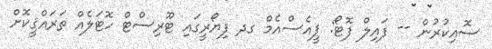
ސޮއިކުރުން -- ފައިލް ފޮޓޯ: ޕީއެސްއެމް ގދ ފިޔޯރީގައި ޓޫރިސްޓް ހޮޓަލެއް ތަރައްޤީކޮށް